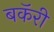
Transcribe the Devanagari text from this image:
बकॅरी